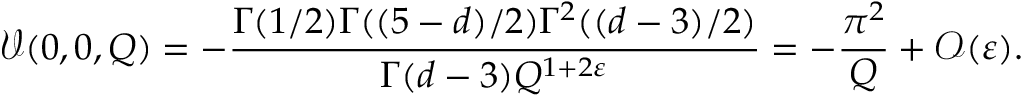
\mathcal { V } ( 0 , 0 , Q ) = - \frac { \Gamma ( 1 / 2 ) \Gamma ( ( 5 - d ) / 2 ) \Gamma ^ { 2 } ( ( d - 3 ) / 2 ) } { \Gamma ( d - 3 ) Q ^ { 1 + 2 \varepsilon } } = - \frac { \pi ^ { 2 } } { Q } + \mathcal { O } ( \varepsilon ) .